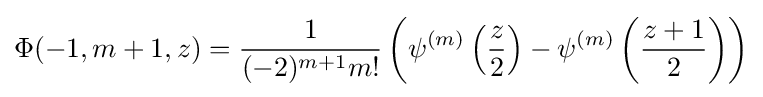
\Phi (-1,m+1,z)={\frac {1}{(-2)^{m+1}m!}}\left(\psi ^{(m)}\left({\frac {z}{2}}\right)-\psi ^{(m)}\left({\frac {z+1}{2}}\right)\right)